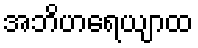
အဘိဟရေယျာထ